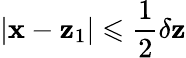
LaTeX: |\mathbf{x}-\mathbf{z}_{1}|\leqslant\frac 12\delta\mathbf{z}